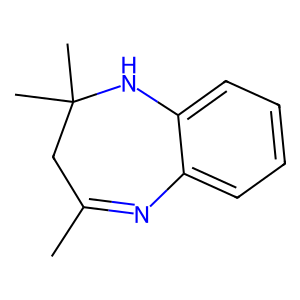
SMILES: CC1=Nc2ccccc2NC(C)(C)C1
Inhibits HIV replication: No